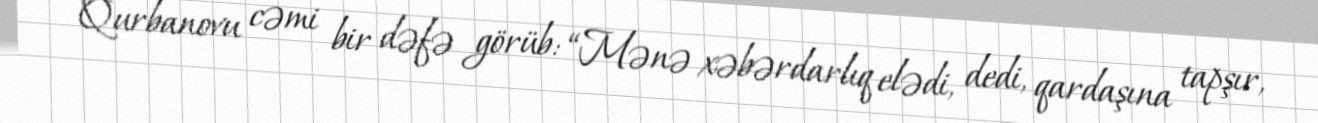
Qurbanovu cəmi bir dəfə görüb: “Mənə xəbərdarlıq elədi, dedi, qardaşına tapşır,